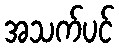
အသက်ပင်